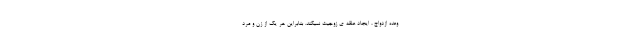
وعده ازدواج ، ایجاد علقه ی زوجیت نمیکند. بنابراین هر یک از زن و مرد